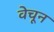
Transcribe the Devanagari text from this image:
वेचून